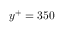
y ^ { + } = 3 5 0